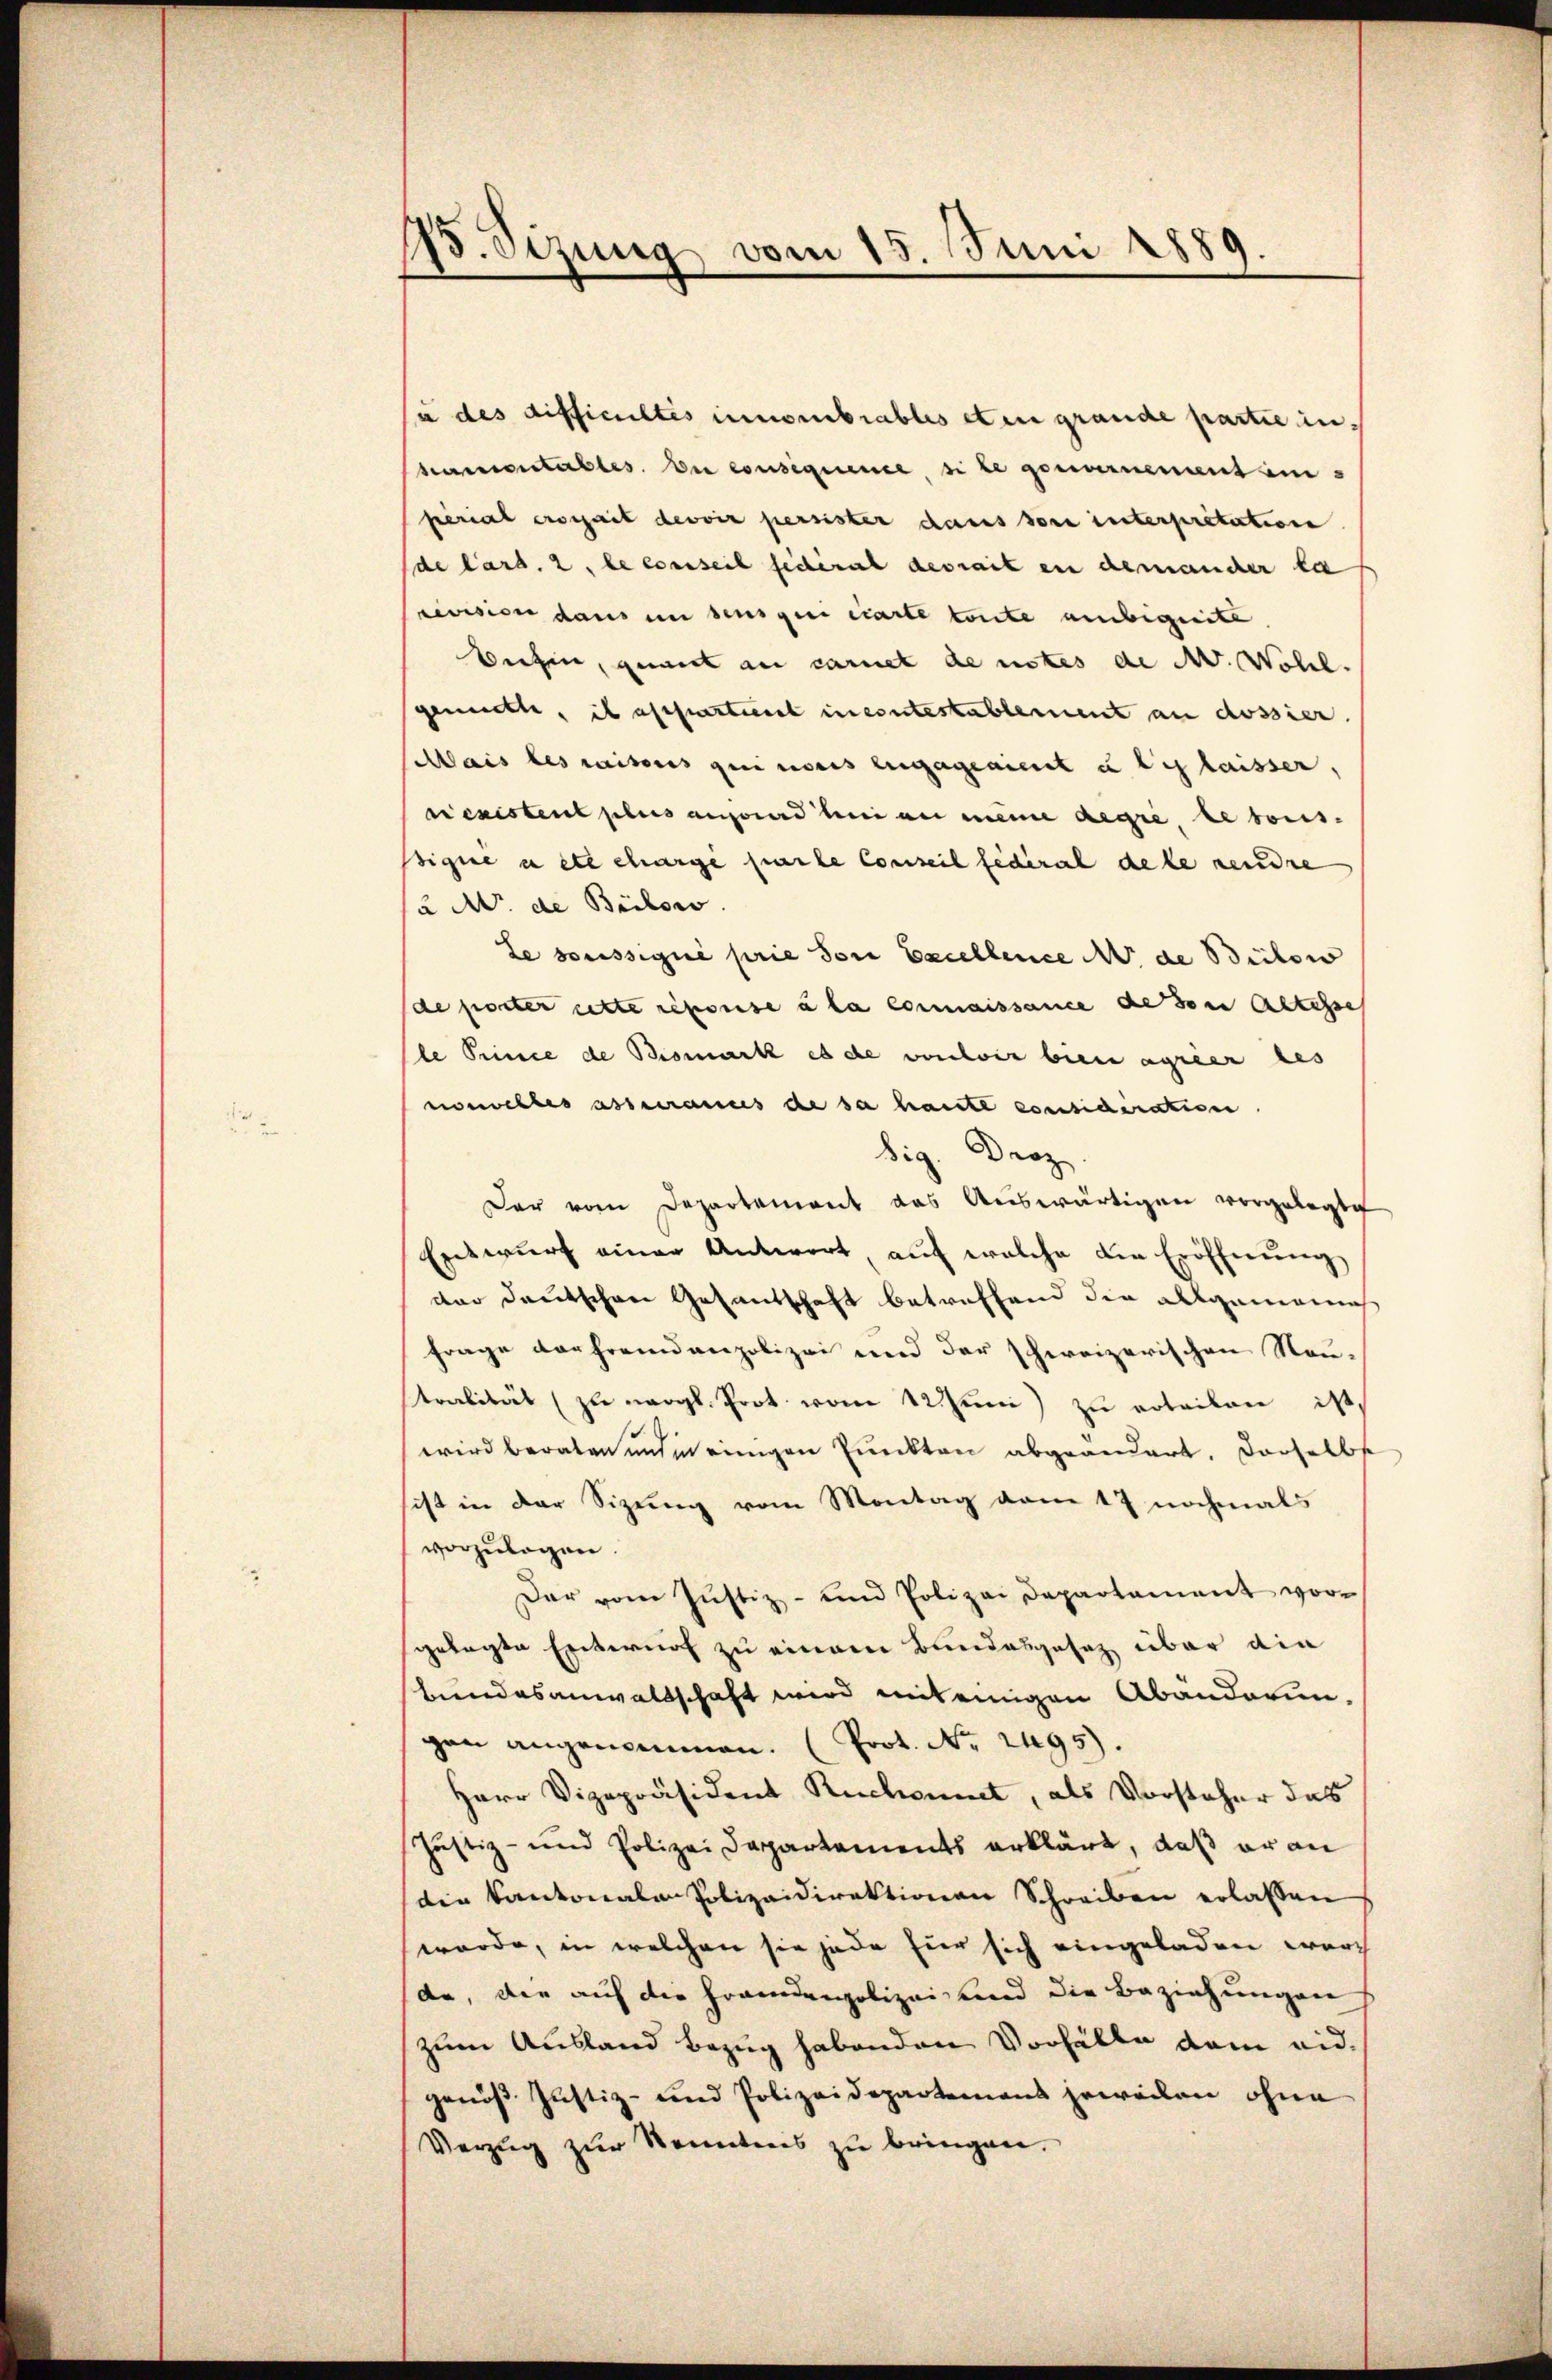
13. Sezung vom 15. Juni 1889.

/a des difficultes innombiables et in grande partie in
kamentables. Der consequence, si le gewarnement im
fierial erschait devoir persister dans son unterpretation
de Card. 2, le conseil fédéral devrait in demander ka
cension dans im senigen carte toute unbegrite.
behin, gewirt au carnet de nottes de N. Wohll.
gemitte, il appartierst ineintestablement an dossier.
Mais les raisons qui nonis engageaient u le laisser,
rienistent plus ausend bei an meine degrée, le tous-
ssigne u etc charge parte Conseil fédéral de le rendre
2 M. de Bilow
le soussique prie son Excellence M. de Bilow
de porter cette reporise à la connaissance de von Altisse
le Prince de Bismark es de vouloir bien agrier des
nouvelles asseraus de da haute considérationn
dig. Droz
Der vom Departement das Auswärtigen vorgelegte
Entwŭrf einer Antwort aŭf welche die Eröffnŭng
der deutschen Gesandschaft betreffend die allgemeines
Frage verfremdenpolizei und der schweizerischen Neu-
Stralität (zu vergl. Prot vom 22 Juni zu roteilen ist,
wird beraten und in einigen Punkten abgeändert. Derselbe
ist in der Sizung vom Montag vom 17 nochmals
vorzulagen.
Der vom Justiz- und Polizei Departament vor-
gelegte Entwurf zu einem Bundesgesetz über die
bundesanwaltschaft wird mit einigen Abänderungan angenommen. (Prot. No. 2495).
Herr Vizepräsident Ruchwinnt, als Vorsteher das
Justiz- und Polizei Departements erklärt, daß er an
die Kantonale Polizeidirektionen Schreiben erlassen
würde, in welchen sie jede für sich eingeladen wurch
da, die auf die Fremdenpolizei, und die Beziehungen
zum Ausland bezug habenden Vorhälte dem eidgenöß Justiz- und Polizeidepartemens jeweilen ohne
Verzug zur Kenntens zu bringen.